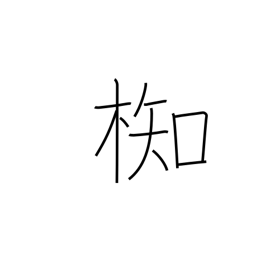
Meaning: type of evergreen tree